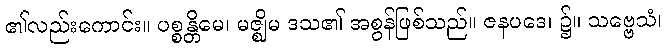
၏လည်းကောင်း။ ပစ္စန္တိမေ၊ မဇ္ဈိမ ဒသ၏ အစွန်ဖြစ်သည်။ ဇနပဒေ၊ ၌။ သဗ္ဗေသံ၊